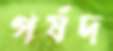
পর্ষদ